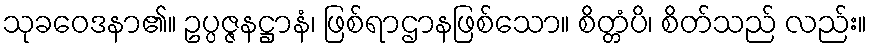
သုခဝေဒနာ၏။ ဥပ္ပဇ္ဇနဋ္ဌာနံ၊ ဖြစ်ရာဌာနဖြစ်သော။ စိတ္တံပိ၊ စိတ်သည် လည်း။